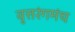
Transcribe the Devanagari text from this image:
वृत्तरंगमंच